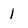
Character: 1